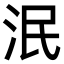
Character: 泯